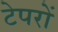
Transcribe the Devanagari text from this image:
टेपरों